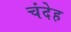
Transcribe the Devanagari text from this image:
चंदेह